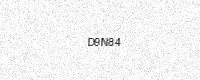
Text: D9N84